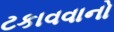
ટકાવવાનો